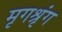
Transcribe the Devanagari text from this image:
मृगश्रृंग